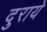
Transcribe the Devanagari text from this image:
दुराये